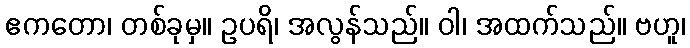
ဧကတော၊ တစ်ခုမှ။ ဥပရိ၊ အလွန်သည်။ ဝါ၊ အထက်သည်။ ဗဟူ၊